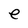
Character: e